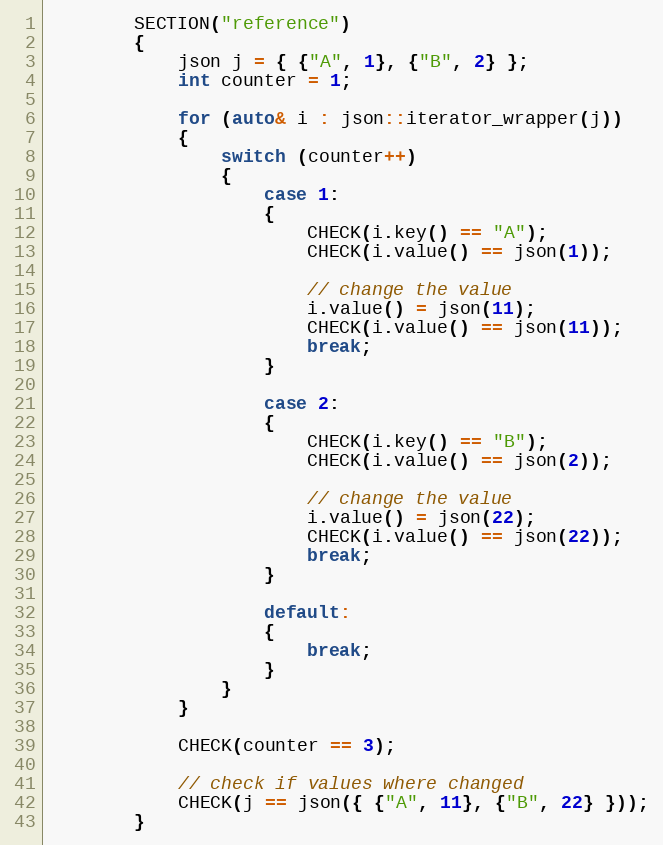
Language: C++
        SECTION("reference")
        {
            json j = { {"A", 1}, {"B", 2} };
            int counter = 1;

            for (auto& i : json::iterator_wrapper(j))
            {
                switch (counter++)
                {
                    case 1:
                    {
                        CHECK(i.key() == "A");
                        CHECK(i.value() == json(1));

                        // change the value
                        i.value() = json(11);
                        CHECK(i.value() == json(11));
                        break;
                    }

                    case 2:
                    {
                        CHECK(i.key() == "B");
                        CHECK(i.value() == json(2));

                        // change the value
                        i.value() = json(22);
                        CHECK(i.value() == json(22));
                        break;
                    }

                    default:
                    {
                        break;
                    }
                }
            }

            CHECK(counter == 3);

            // check if values where changed
            CHECK(j == json({ {"A", 11}, {"B", 22} }));
        }